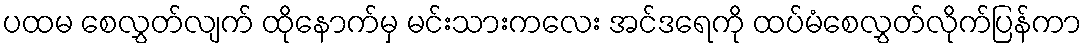
ပထမ စေလွှတ်လျက် ထိုနောက်မှ မင်းသားကလေး အင်ဒရေကို ထပ်မံစေလွှတ်လိုက်ပြန်ကာ